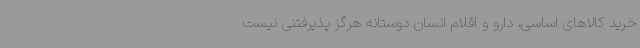
خرید کالاهای اساسی، دارو و اقلام انسان دوستانه هرگز پذیرفتنی نیست